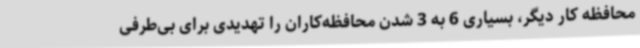
محافظه کار دیگر، بسیاری 6 به 3 شدن محافظه‌کاران را تهدیدی برای بی‌طرفی